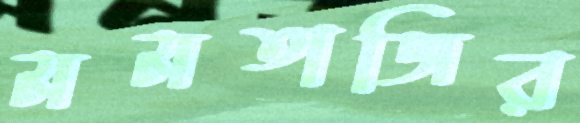
মমতাজির